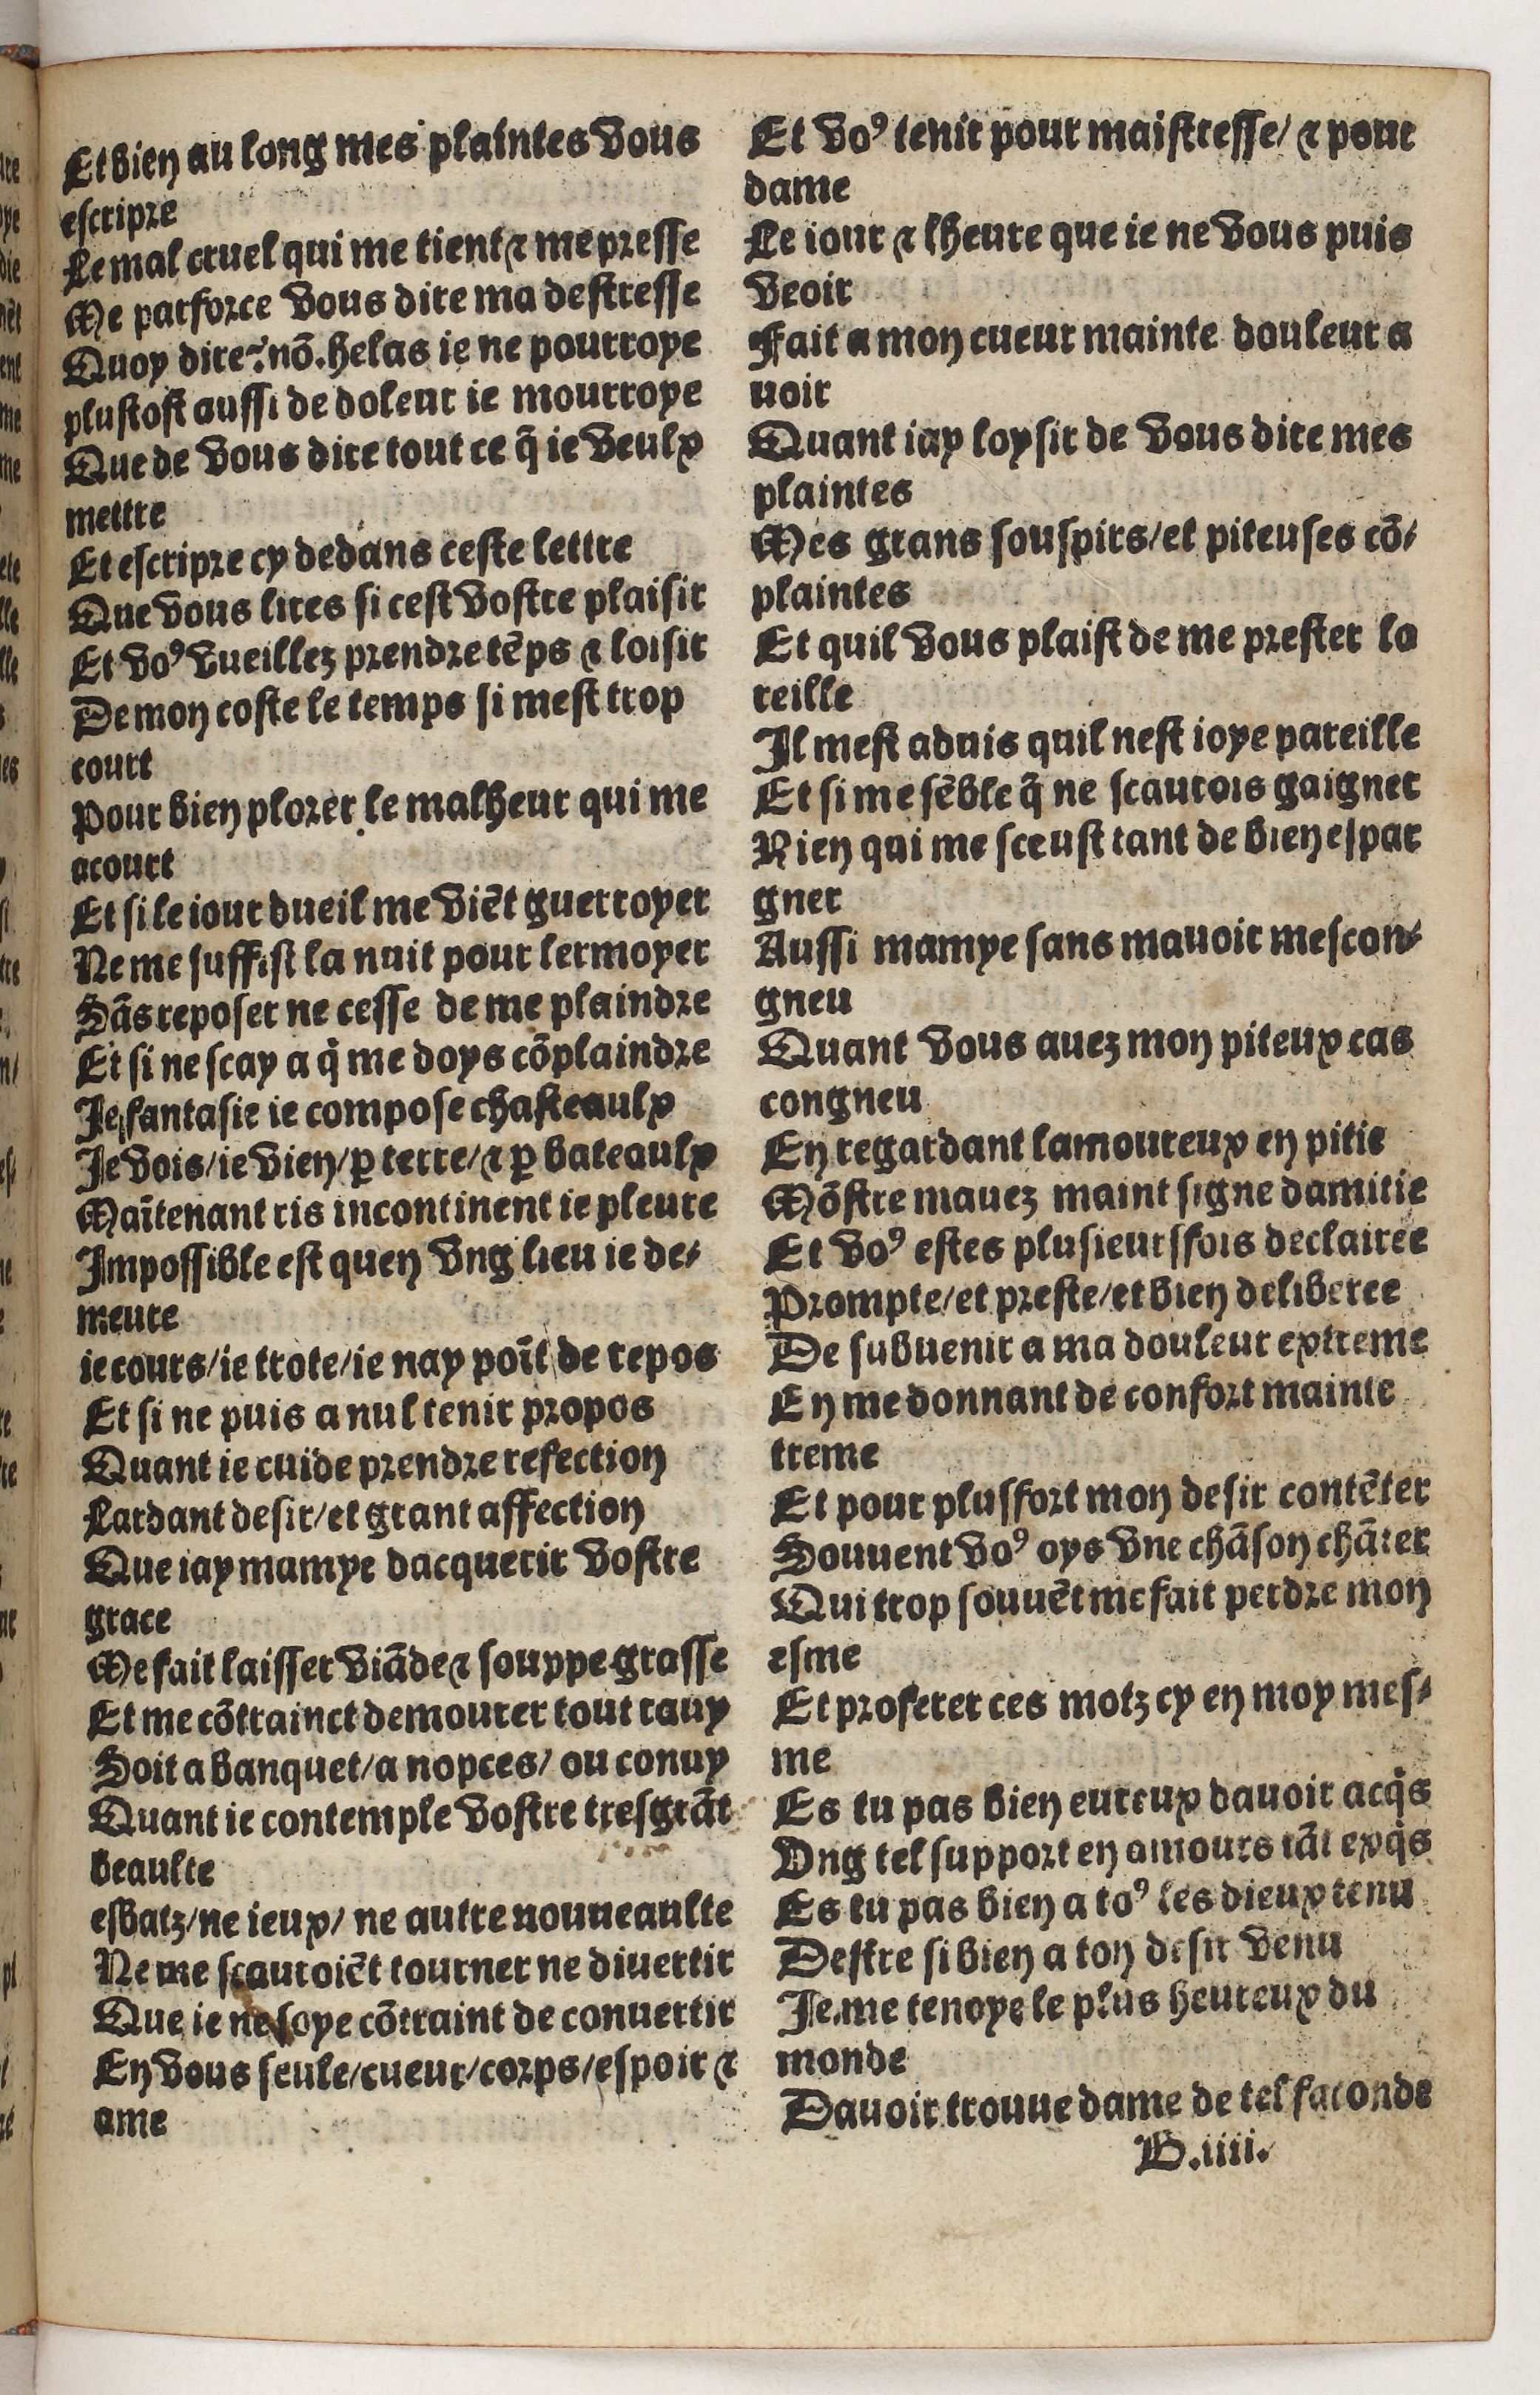
Shelfmark: Paris, BnF, Rés. Y2-930
Century: 15